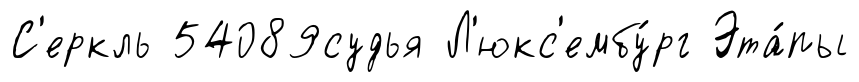
С'еркль 54089судья Л'юкс'ембу́рг Эта́пы